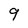
Character: 9